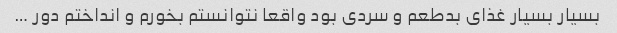
بسیار بسیار غذای بدطعم و سردی بود واقعا نتوانستم بخورم و انداختم دور …